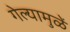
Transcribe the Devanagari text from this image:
गेल्यामुळें